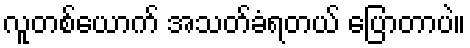
လူတစ်ယောက် အသတ်ခံရတယ် ပြောတာပဲ။